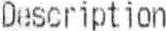
DESCRIPTION